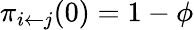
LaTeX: \pi_{i\leftarrow j}(0)=1-\phi